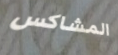
المشاكس